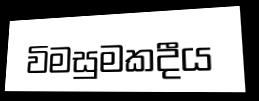
විමසුමකදීය